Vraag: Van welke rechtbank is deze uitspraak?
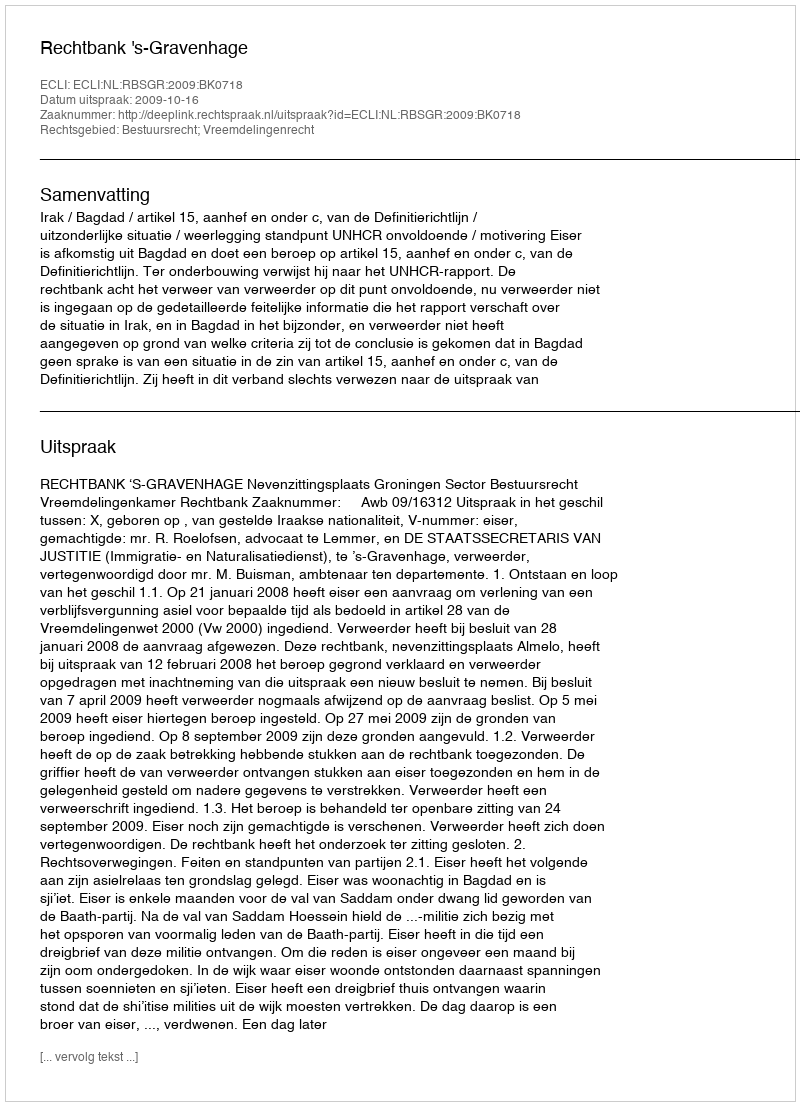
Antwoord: Rechtbank 's-Gravenhage